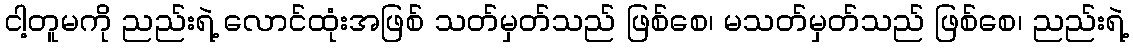
ငါ့တူမကို ညည်းရဲ့ လောင်ထုံးအဖြစ် သတ်မှတ်သည် ဖြစ်စေ၊ မသတ်မှတ်သည် ဖြစ်စေ၊ ညည်းရဲ့